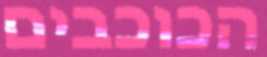
הכוכבים